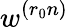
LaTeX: w^{(r_{0}n)}